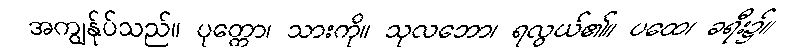
အကျွန်ုပ်သည်။ ပုတ္တော၊ သားကို။ သုလဘော၊ ရလွယ်၏။ ပထေ၊ ခရီး၌။